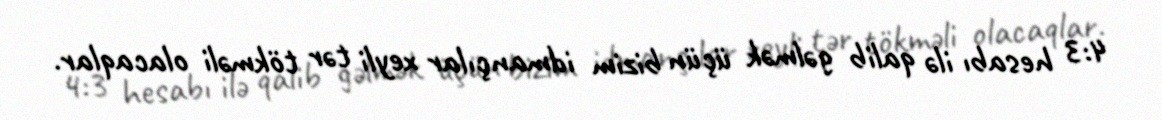
4:3 hesabı ilə qalib gəlmək üçün bizim idmançılar xeyli tər tökməli olacaqlar.